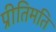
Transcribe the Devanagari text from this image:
प्रीतिमति